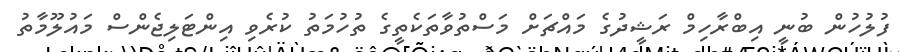
ފުލުހުން ބުނީ އިބްރާހިމް ރަޝީދުގެ މައްޗަށް މަސްތުވާތަކެތީގެ ތުހުމަތު ކުރެވި އިންޓަލިޖެންސް މައުލޫމާތު